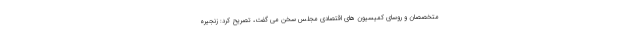
متخصصان و روسای کمیسیون های اقتصادی مجلس سخن می گفت، تصریح کرد: زنجیره